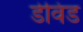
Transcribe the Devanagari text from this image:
डेविंड